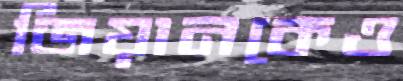
জিয়ানকেও